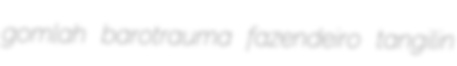
gomlah barotrauma fazendeiro tangilin